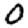
Digit: 0